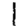
Digit: 1